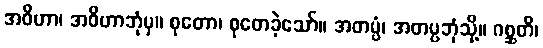
အဝိဟာ၊ အဝိဟာဘုံမှ။ စုတော၊ စုတေခဲ့သော်။ အတပ္ပံ၊ အတပ္ပဘုံသို့။ ဂစ္ဆတိ၊